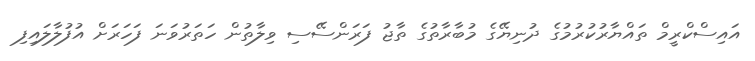
އައިސްކްރީމް ތައްޔާރުކުރުމުގެ ދުނިޔޭގެ މުބާރާތުގެ ތާޖު ފަރަންސޭސި ވިލާތުން ހަތަރުވަނަ ފަހަރަށް އުފުލާލައިފި